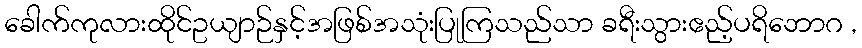
ခေါက်ကုလားထိုင်ဥယျာဉ်နှင့်အဖြစ်အသုံးပြုကြသည်သာ ခရီးသွားဧည့်ပရိဘောဂ ,